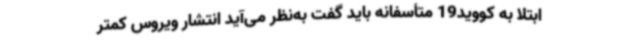
ابتلا به کووید19 متأسفانه باید گفت به‌نظر می‌آید انتشار ویروس کمتر